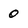
Character: 0